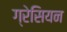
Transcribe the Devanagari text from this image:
ग्रेसियन